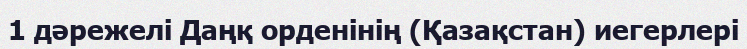
1 дәрежелі Даңқ орденінің (Қазақстан) иегерлері